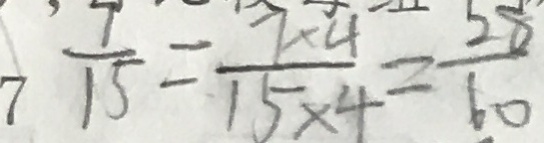
\frac { 7 } { 1 5 } = \frac { 7 \times 4 } { 1 5 \times 4 } = \frac { 2 8 } { 6 0 }